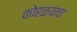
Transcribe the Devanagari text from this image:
कोहळयाचा